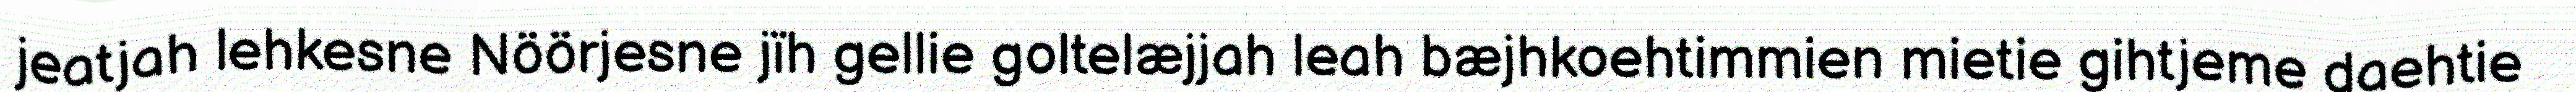
jeatjah lehkesne Nöörjesne jïh gellie goltelæjjah leah bæjhkoehtimmien mietie gihtjeme daehtie